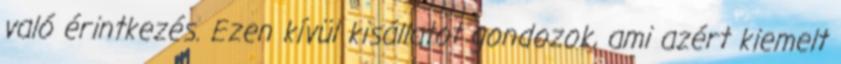
való érintkezés. Ezen kívül kisállatot gondozok, ami azért kiemelt